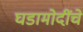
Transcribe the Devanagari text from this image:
घडामोदींचे